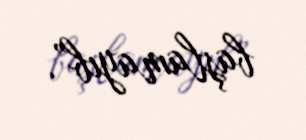
başlamayıb”.